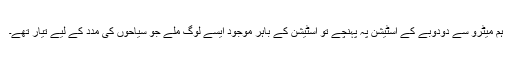
ہم میٹرو سے دودوبے کے اسٹیشن پہ پہنچے تو اسٹیشن کے باہر موجود ایسے لوگ ملے جو سیاحوں کی مدد کے لیے تیار تھے۔